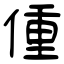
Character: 偅